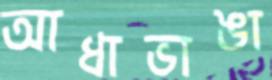
আধাভাঙা